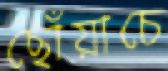
ছোঁয়াচে